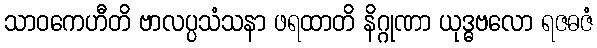
သာဝကေဟီတိ ဗာလပ္ပသံသနာ ဖရထာတိ နိဂ္ဂုဏာ ယုဒ္ဓဗလော ရဇဓဇံ